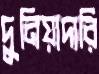
দুনিয়াদারি